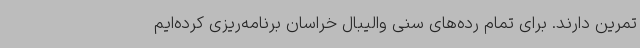
تمرین دارند. برای تمام رده‌های سنی والیبال خراسان برنامه‌ریزی کرده‌ایم